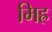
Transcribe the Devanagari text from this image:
मिह्र